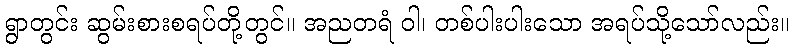
ရွာတွင်း ဆွမ်းစားစရပ်တို့တွင်။ အညတရံ ဝါ၊ တစ်ပါးပါးသော အရပ်သို့သော်လည်း။